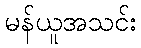
မန်ယူအသင်း